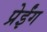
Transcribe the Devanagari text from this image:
प्रेईंग